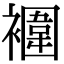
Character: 䙟